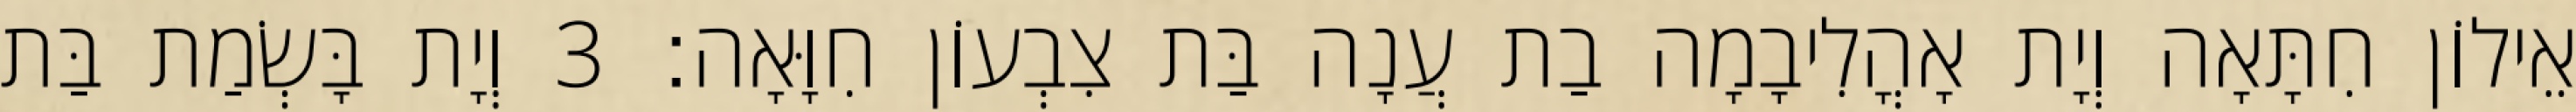
אֵילוֹן חִתָּאָה וְיָת אָהֳלִיבָמָה בַת עֲנָה בַּת צִבְעוֹן חִוָּאָה׃ 3 וְיָת בָּשְׂמַת בַּת